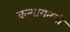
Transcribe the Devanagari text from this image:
कन्यागतची